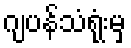
ဂျပန်သံရုံးမှ